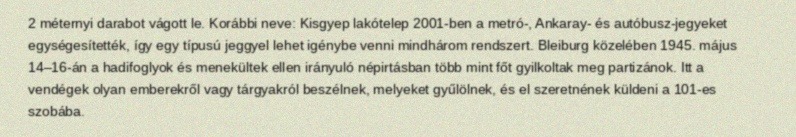
2 méternyi darabot vágott le. Korábbi neve: Kisgyep lakótelep 2001-ben a metró-, Ankaray- és autóbusz-jegyeket egységesítették, így egy típusú jeggyel lehet igénybe venni mindhárom rendszert. Bleiburg közelében 1945. május 14–16-án a hadifoglyok és menekültek ellen irányuló népirtásban több mint főt gyilkoltak meg partizánok. Itt a vendégek olyan emberekről vagy tárgyakról beszélnek, melyeket gyűlölnek, és el szeretnének küldeni a 101-es szobába.